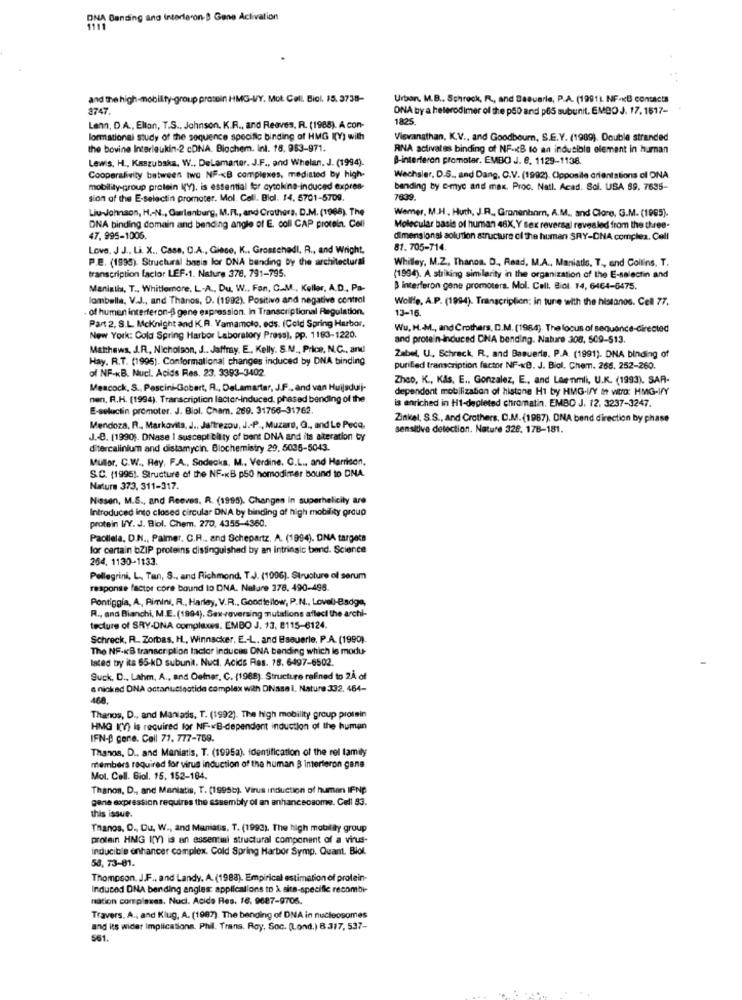
DNA Bending and Interferon- Gone Activation
1111
and the high-mobility-group prosein HMG-VY. Mot. Cell Biol. 15. 3738-
Urban, M.B ., Schreck, R ., and Basuarle, P.A. (1991) NF-KB contacts
3747.
ONA by a heterodimer of the p50 and p65 subunit. EMBO J. 17. 1517-
1825.
Lenn, D.A ., Ellon, T.S ., Johnson, K.R ., and Reaves, R. (1988). A con-
lormational study of the sequence specific binding of HMG I(Y) with
Viswanathan, K.V ., and Goodbourn, S.E.Y. (1989). Double stranded
the bovine Interleukin-2 cDNA. Biochem. Int. 15, 953-971.
ANA activates binding of NF-KB to an inducible element in human
Lewis, H ., Kaszubska, W ., DeLamarter. J.F ., and Whelan, J. (1994).
B-interferon promotar. EMBO J. e. 1129-1138.
Cooperalivity between two NF-KB complexes, mediated by high-
Wechsler, D.S ., and Dang, C.V. (1992). Coposile orientations cl ONA
mobilily-group protein ((Y), is essential for aytokina-induced expres-
bending by c-myc and max. Proc. Natl. Acad. Sci. USA 69. 7695-
sion of the E-selectin promoter. Mol. Call. Biol. 14, 5701-5709.
7639.
Liu-Johnson, H ,- N ., Gurlenburg, M.R ., and Crothers, D.M. (1968). The
Wemer, M.H, Huth, J.R ., Granenhnmn, A.M ., and Clore, G.M. (1985).
DNA binding domain and bending angle of E. coll CAP protein. Cell
Molecular basis of human 48X, Y Sex reversal revealed from the three-
47. 995-1006.
dimensional solution structure ci the human SRY-DNA complex. Cell
Love, J J ., Li. X ., Case, C.A ., Giese, K ., Grosschedl, R ., and Wright,
81. 705-714.
P.E. (1995). Structural basis for DNA bending by the architectural
Whitley, M.Z, Thanos. D ., Read, M.A ., Maniatle. T ., and Collins, T.
transcription factor LEF-1. Nature 378, 791-795.
(1994). A striking similarity in the organization of the E-selectin and
Manialis, T ., Whitlemore. L.A ., Du. W ., Fan, C.M ., Keller, A.D ., Pa-
B interferon gane promoters. Mol. Call. Biol. 14, 6464-6475.
lombella, V.J ., and Thanos, D. (1992). Positive and negative control
Wolfe, A.P. (1994). Transcription; in tune with the histanos. Cell 77.
· of human interferon- gene expression. In Transcriptional Regulation.
13-16.
Part 2, S.L. Mcknight and K.R. Yamamoto, eds. (Cold Spring Harbor,
Wu, H.M ., and Crothers, D.M. (1984). The locus of sequence-directed
New York: Cold Spring Harbor Laboratory Press), pp. 1183-1220.
and protein-induced CNA bending. Nature 308, 509-513.
Mathews, J.R ., Nicholson, J .. Jaffray. E ., Kelly. S.M ., Price, N.C ., and
Hay. R.T. (1995). Conformational changes induced by DNA binding
Zabel, U ., Schreck, R ., and Basuerte. P.A. (1991). DNA binding of
of NF-KB. Nucl. Acids Res. 23. 3393-3402.
purified transcription factor NF-KB. J. Biol. Chem. 266. 252-260.
Zhco, K ., KAs, E .. Gonzalez, E ., and Leenmli, U.K. (1993). SAR-
Meacock, S ., Pescini-Gobert, A ., DeLamarter, J.F ., änd van Huijsduli-
dependent mobilization of histone H1 by HMG-I/Y It wto: HMG-I/Y
nen, R.H. (1994), Transcription lactor-induced, phased bending of the
is enriched in H1-depleted chromatin. EMBO J. 12. 3237-3247.
E-seluctin promoter. J. Biol. Cham. 269. 31766-31762.
Zinkel, S.S ., and Crothers, D.M. (1987). ONA bend direction by phase
Mendoza, R ., Markovita, J ., Jaftrezou, J .- P ., Muzaro, G ., and Le Peca,
sensitive detection. Nature 328. 178-181.
J .- C. (1990). DNase 1 suscept blity of bent DNA and its alteration ty
ditercalinium and distamycin. Biochemistry 29, 5036-5043.
Muler, C.W ., Rey, F.A ., Sodecka, M ., Verdine. G.L ., and Harrison,
S.C. (1996). Structure of the NF-KB p50 homodimer bound to DNA.
Nature 373, 311-317.
Nasen, M.S ., and Reeves. R. (1995). Changes in superhelicity are
Introduced into closed circular DNA by binding of high mobility group
protein WY. J. Biol. Chem. 270, 4355-4360.
Paoliela, D.N ., Palmer, C.R .. and Schepartz. A. (1994). DNA targets
for certain bZIP proteins distinguished by an intrinsic bond. Science
254, 1130-1133.
Pellegrini, L, Tan, S ., and Richmond, T.J. (1996). Structure of serum
response factor core bound lo DNA. Nature 378, 490-498.
Pontiggia, A ., Rimini, R ., Harley, V.R ., Goodfellow, P.N ., Lovell-Badge,
R ., and Bianchi, M.E. (1994). Sax-reversing mutations affect the archi-
tecture of SRY-DNA complexes. EMBO J. 13, 8115-6124.
Schreck, R. Zorbas, H ., Winnacker, E .- L. and Bsauerle, P.A. (1990).
The NF-KB transcription factor induces ONA bending which Is modu-
lated by its 65-kD subunit. Nucl. Acids Res. 15. 6497-6502.
Suck. D ., Lahm, A ., and Deiner, C. (1988). Structure refined to 2Å of
& nicked DNA octanucleotide complex with DNasal, Nature 332, 464-
468.
Thanos, D ., and Maniatis. T. (1992). The high mobility group protein
HMG K(V) is required for NF-KB-dependent induction of the human
IFN-D gone. Cell 71, 777-759.
Thanos, D .. and Maniatis, T. (1995a). identification of the rel family
members required for virus induction of the human 3 interferon gana
Mol. Cell. Giol. 15. 152-184.
Thanos, D ., and Maniatis, T. (19956). Virus induction of human IFNp
gene expression requires the assembly of an anhancscsome. Cell 83.
this issue.
Thanos, D ., Ou, W ., and Maniatis. T. (1993). The high mobility group
protein HMG I(V) is an essential structural component of a virus-
inducible enhancer complex. Cold Spring Harbor Symp. Quant. Biol.
58, 73-81.
Thompson. J.F ., and Landy. A. (1988). Empirical estimation of protein-
Induced DNA bending angles: applications to À site-specific recombi-
nation complexes. Nucl. Acids Res. 16. 9687-9706.
Travers. A ., and Klug, A. (1987). The bending of DNA in nucleosomes
and its wider Implications. Phil. Trans. Ray. Soc. (Lond.) B 317, 537-
561.